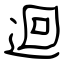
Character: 迴